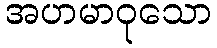
အဟမာဝုသော